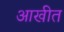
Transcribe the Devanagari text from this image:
आखीत